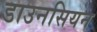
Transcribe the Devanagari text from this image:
डाउनसियन